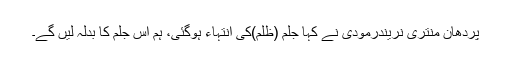
پردھان منتری نریندرمودی نے کہا جُلم (ظُلم)کی انتہاء ہوگئی، ہم اس جُلم کا بدلہ لیں گے۔